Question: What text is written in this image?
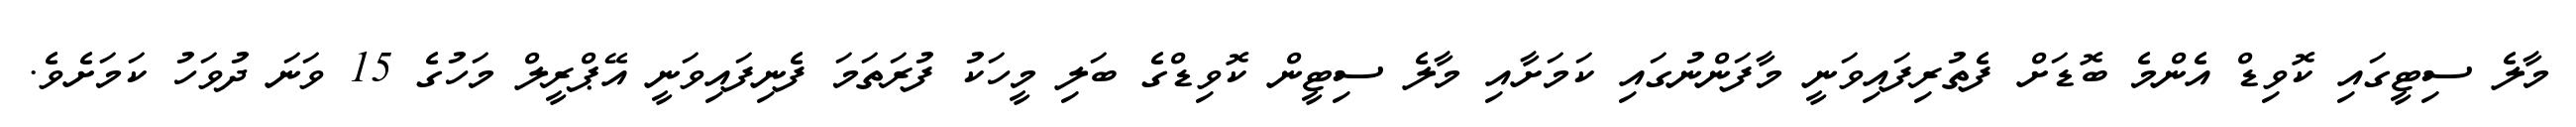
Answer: މާލެ ސިޓީގައި ކޮވިޑް އެންމެ ބޮޑަށް ފެތުރިފައިވަނީ މާފަންނުގައި ކަމަށާއި މާލެ ސިޓީން ކޮވިޑްގެ ބަލި މީހަކު ފުރަތަމަ ފެނިފައިވަނީ އޭޕްރީލް މަހުގެ 15 ވަނަ ދުވަހު ކަމަށެވެ.